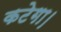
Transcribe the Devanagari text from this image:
कटेगा।